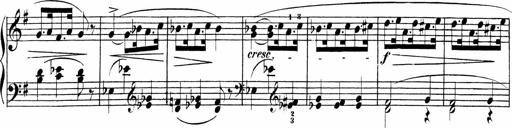
Title: Sonatinen Op.47, 98 und 136, nebst 6 Liedersonatinen
Composer: Carl Reinecke